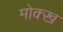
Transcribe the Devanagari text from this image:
मोक्ख